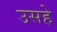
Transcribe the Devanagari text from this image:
उसहे